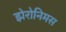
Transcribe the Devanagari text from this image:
झेरोनिमस